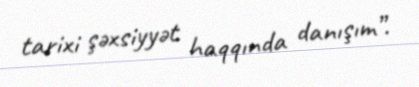
tarixi şəxsiyyət haqqında danışım”.